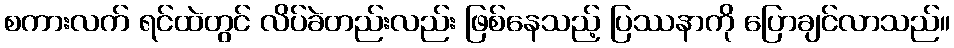
စကားလက် ရင်ထဲတွင် လိပ်ခဲတည်းလည်း ဖြစ်နေသည့် ပြဿနာကို ပြောချင်လာသည်။